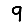
Digit: 9